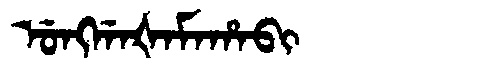
Manchu: ᡠᠩᡤᠠᡧᠠᠮᠠᡥᠠᠪᡳ
Romanization: UNGGAŠAMAHABI